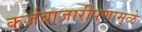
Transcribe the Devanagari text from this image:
कर्जबाजारीपणामुळे